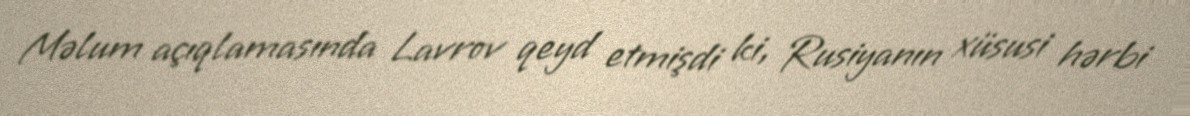
Məlum açıqlamasında Lavrov qeyd etmişdi ki, Rusiyanın xüsusi hərbi